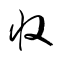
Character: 収